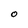
Character: O